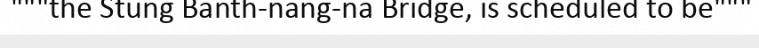
"""the Stung Banth-nang-na Bridge, is scheduled to be"""